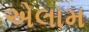
એલામ